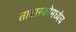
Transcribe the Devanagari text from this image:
ताबास्कोमध्येच